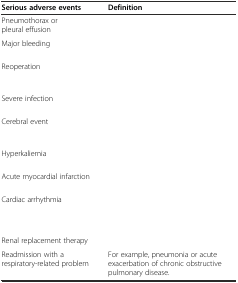
<table><thead><tr><td><b>Serious adverse events</b></td><td><b>Definition</b></td></tr></thead><tbody><tr><td>Pneumothorax or pleural effusion</td><td>[EMPTY_CELL]</td></tr><tr><td>Major bleeding</td><td>[EMPTY_CELL]</td></tr><tr><td>Reoperation</td><td>[EMPTY_CELL]</td></tr><tr><td>Severe infection</td><td>[EMPTY_CELL]</td></tr><tr><td>Cerebral event</td><td>[EMPTY_CELL]</td></tr><tr><td>Hyperkaliemia</td><td>[EMPTY_CELL]</td></tr><tr><td>Acute myocardial infarction</td><td>[EMPTY_CELL]</td></tr><tr><td>Cardiac arrhythmia</td><td>[EMPTY_CELL]</td></tr><tr><td>Renal replacement therapy</td><td>[EMPTY_CELL]</td></tr><tr><td>Readmission with a respiratory-related problem</td><td>For example, pneumonia or acute exacerbation of chronic obstructive pulmonary disease.</td></tr></tbody></table>